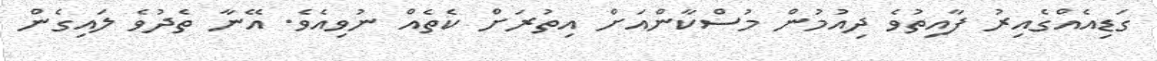
ގަޑިއެއްގެއިރު ފާއިތުވެ ދިއުމުން މުސްކާންއަށް އިތުރަށް ކެތެއް ނުވިއެވެ. އޭނާ ތެދުވެ ލައިގެން